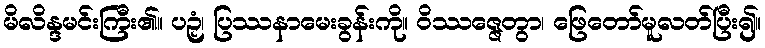
မိလိန္ဒမင်းကြီး၏။ ပဉှံ၊ ပြဿနာမေးခွန်းကို။ ဝိဿဇ္ဇေတွာ၊ ဖြေတော်မူလတ်ပြီး၍။